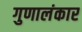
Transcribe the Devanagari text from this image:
गुणालंकार